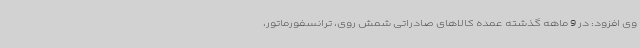
وی افزود: در 9 ماهه گذشته عمده کالاهای صادراتی شمش روی، ترانسفورماتور،